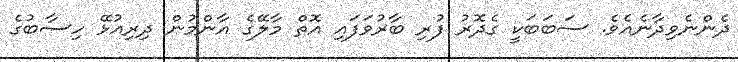
ދެންނެވިދާނެއެވެ. ސަބަބަކީ ގެދޮރު ފުރި ބާރުވަފައި އޮތް މާލޭގެ އާންމުން ދިރިއުޅޭ ހިސާބުގެ